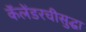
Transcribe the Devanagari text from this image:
कॅलेंडरचीसुद्घा